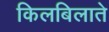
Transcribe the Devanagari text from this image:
किलबिलाते